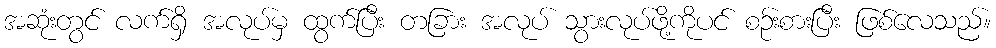
အဆုံးတွင် လက်ရှိ အလုပ်မှ ထွက်ပြီး တခြား အလုပ် သွားလုပ်ဖို့ကိုပင် စဉ်းစားပြီး ဖြစ်လေသည်။